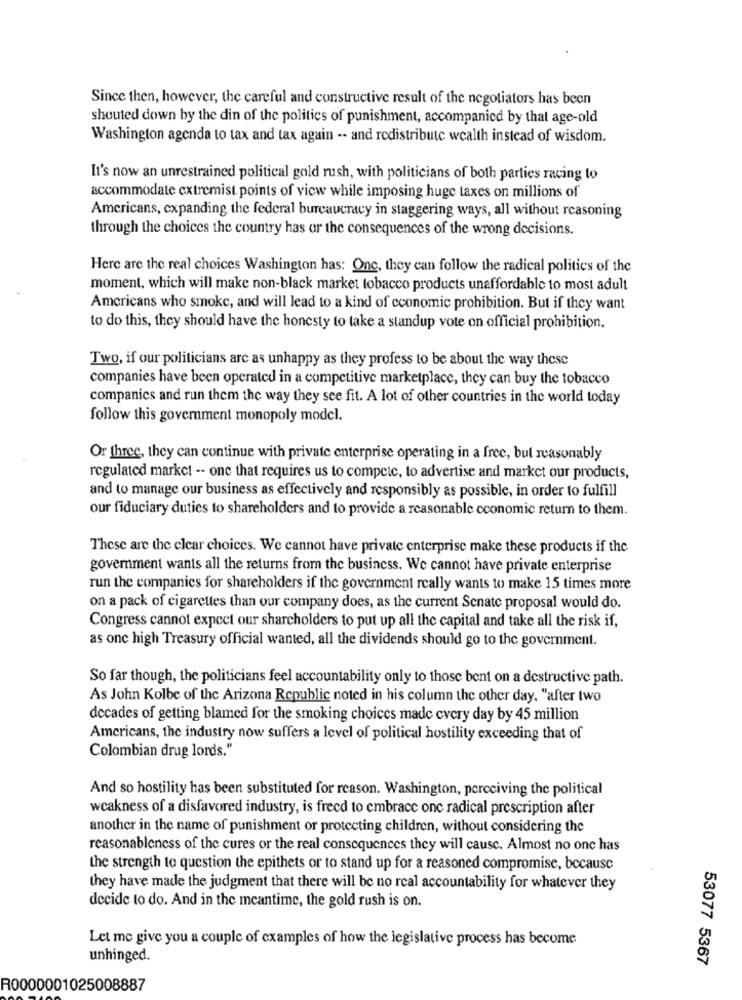
Since then, however, the careful and constructive result of the negotiators has been
shouted down by the din of the politics of punishment, accompanied by that age-old
Washington agenda to tax and tax again -- and redistribute wealth instead of wisdom.
It's now an unrestrained political gold rush, with politicians of both parties racing to
accommodate extremist points of view while imposing huge taxes on millions of
Americans, expanding the federal bureaucracy in staggering ways, all without reasoning
through the choices the country has or the consequences of the wrong decisions.
Here are the real choices Washington has: Onc, they can follow the radical politics of the
moment, which will make non-black market tobacco products unaffordable to most adult
Americans who smoke, and will lead to a kind of economic prohibition. But if they want
to do this, they should have the honesty to take a standup vote on official prohibition.
Two, if our politicians arc as unhappy as they profess to be about the way these
companies have been operated in a competitive marketplace, they can buy the tobacco
companies and run them the way they see fit. A lot of other countries in the world today
follow this government monopoly model.
Or three, they can continue with private enterprise operating in a free, but reasonably
regulated market -- one that requires us to compete, to advertise and market our products,
and to manage our business as effectively and responsibly as possible, in order to fulfill
our fiduciary duties to shareholders and to provide a reasonable economic return to them.
These are the clear choices. We cannot have private enterprise make these products if the
goverment wants all the returns from the business. We cannot have private enterprise
run the companies for shareholders if the government really wants to make 15 times more
on a pack of cigarettes than our company does, as the current Senate proposal would do.
Congress cannot expect our sharcholders to put up all the capital and take all the risk if,
as one high Treasury official wanted, all the dividends should go to the government.
So far though, the politicians feel accountability only to those bent on a destructive path.
As John Kolbe of the Arizona Republic noted in his column the other day, "after two
decades of getting blamed for the smoking choices made every day by 45 million
Americans, the industry now suffers a level of political hostility exceeding that of
Colombian drug lords."
And so hostility has been substituted for reason. Washington, perceiving the political
weakness of a disfavored industry, is freed to embrace one radical prescription after
another in the name of punishment or protecting children, without considering the
reasonableness of the cures or the real consequences they will cause. Almost no one has
the strength to question the epithets or to stand up for a reasoned compromise, because
they have made the judgment that there will be no real accountability for whatever they
decide to do. And in the meantime, the gold rush is on.
Let me give you a couple of examples of how the legislative process has become
unhinged.
53077 5367
R0000001025008887